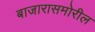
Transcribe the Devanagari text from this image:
बाजारासमोरील